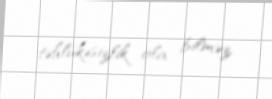
təhlükəsizlik ola bilməz.